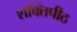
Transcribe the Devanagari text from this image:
शक्‍तिपीठ